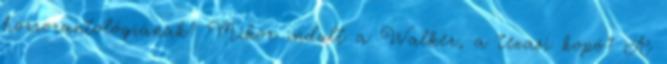
horrorantológiának? Mikor indult a Walker, a texasi kopó? A